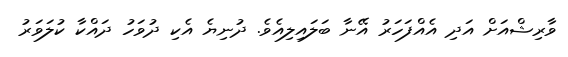
ވާރިޝްއަށް އަދި އެއްފަހަރު އޭނާ ބަލައިލިއެވެ. ދުނިޔެ އެކި ދުވަހު ދައްކާ ކުލަވަރު